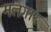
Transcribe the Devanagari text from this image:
मलगार